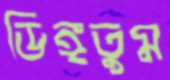
ডিঙ্গতুম